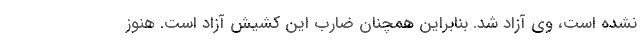
نشده است، وی آزاد شد. بنابراین همچنان ضارب این کشیش آزاد است. هنوز